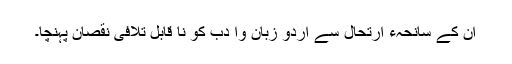
ان کے سانحہء ارتحال سے اردو زبان وا دب کو نا قابل تلافی نقصان پہنچا۔